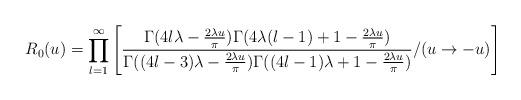
LaTeX: \begin{align*}R_{0}(u)=\prod ^{\infty }_{l=1}\left[ \frac{\Gamma (4l\lambda -\frac{2\lambda u}{\pi })\Gamma (4\lambda (l-1)+1-\frac{2\lambda u}{\pi })}{\Gamma ((4l-3)\lambda -\frac{2\lambda u}{\pi })\Gamma ((4l-1)\lambda +1-\frac{2\lambda u}{\pi })}/(u\to -u)\right]\end{align*}